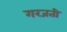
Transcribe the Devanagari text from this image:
गरजती